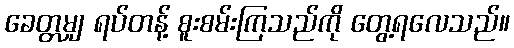
ခေတ္တမျှ ရပ်တန့် စူးစမ်းကြသည်ကို တွေ့ရလေသည်။